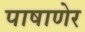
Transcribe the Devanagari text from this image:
पाषाणेर